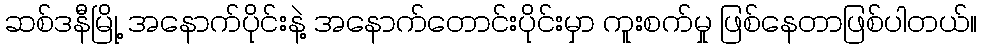
ဆစ်ဒနီမြို့ အနောက်ပိုင်းနဲ့ အနောက်တောင်းပိုင်းမှာ ကူးစက်မှု ဖြစ်နေတာဖြစ်ပါတယ်။